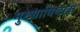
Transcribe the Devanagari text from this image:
मुख्याधिष्टाता